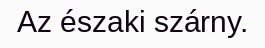
Az északi szárny.